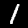
Label: 1